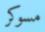
مسوكر